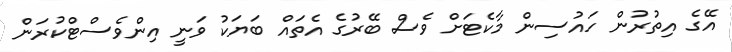
އޭގެ އިތުރުން ހައުސިން މާކެޓަށް ވެސް ބޭރުގެ އެތައް ބަޔަކު ވަނީ އިންވެސްޓްކުރަން